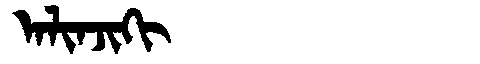
Manchu: ᠠᠯᡳᠨᠵᡳᡴᡳ
Romanization: ALINJIKI